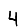
Digit: 4